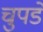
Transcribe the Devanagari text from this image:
चुपडे